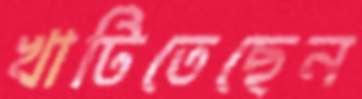
খাটিতেছেন